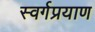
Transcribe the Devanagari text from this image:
स्वर्गप्रयाण